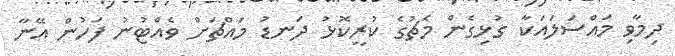
ދިމާވި މައްސަލައަކާ ގުޅިގެން މެޗުގެ ކުރީކޮޅު ދަނޑު މައްޗަށް ވެއްޓުނު ފަހުން އޭނާ